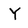
Character: Y